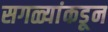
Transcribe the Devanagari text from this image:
सगळ्यांकडून